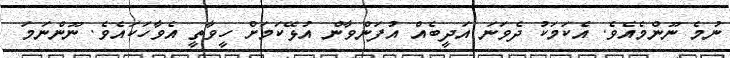
ނުމެ ނޫންމެއެވެ. އެކަމަކު ދެވަނަ އަދީބެއް އުފަންވާން އުޅޭކަމަށް ހީވާތީ އެވާހަކައެވެ. ނޫންނަމަ